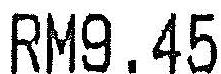
RM9.45